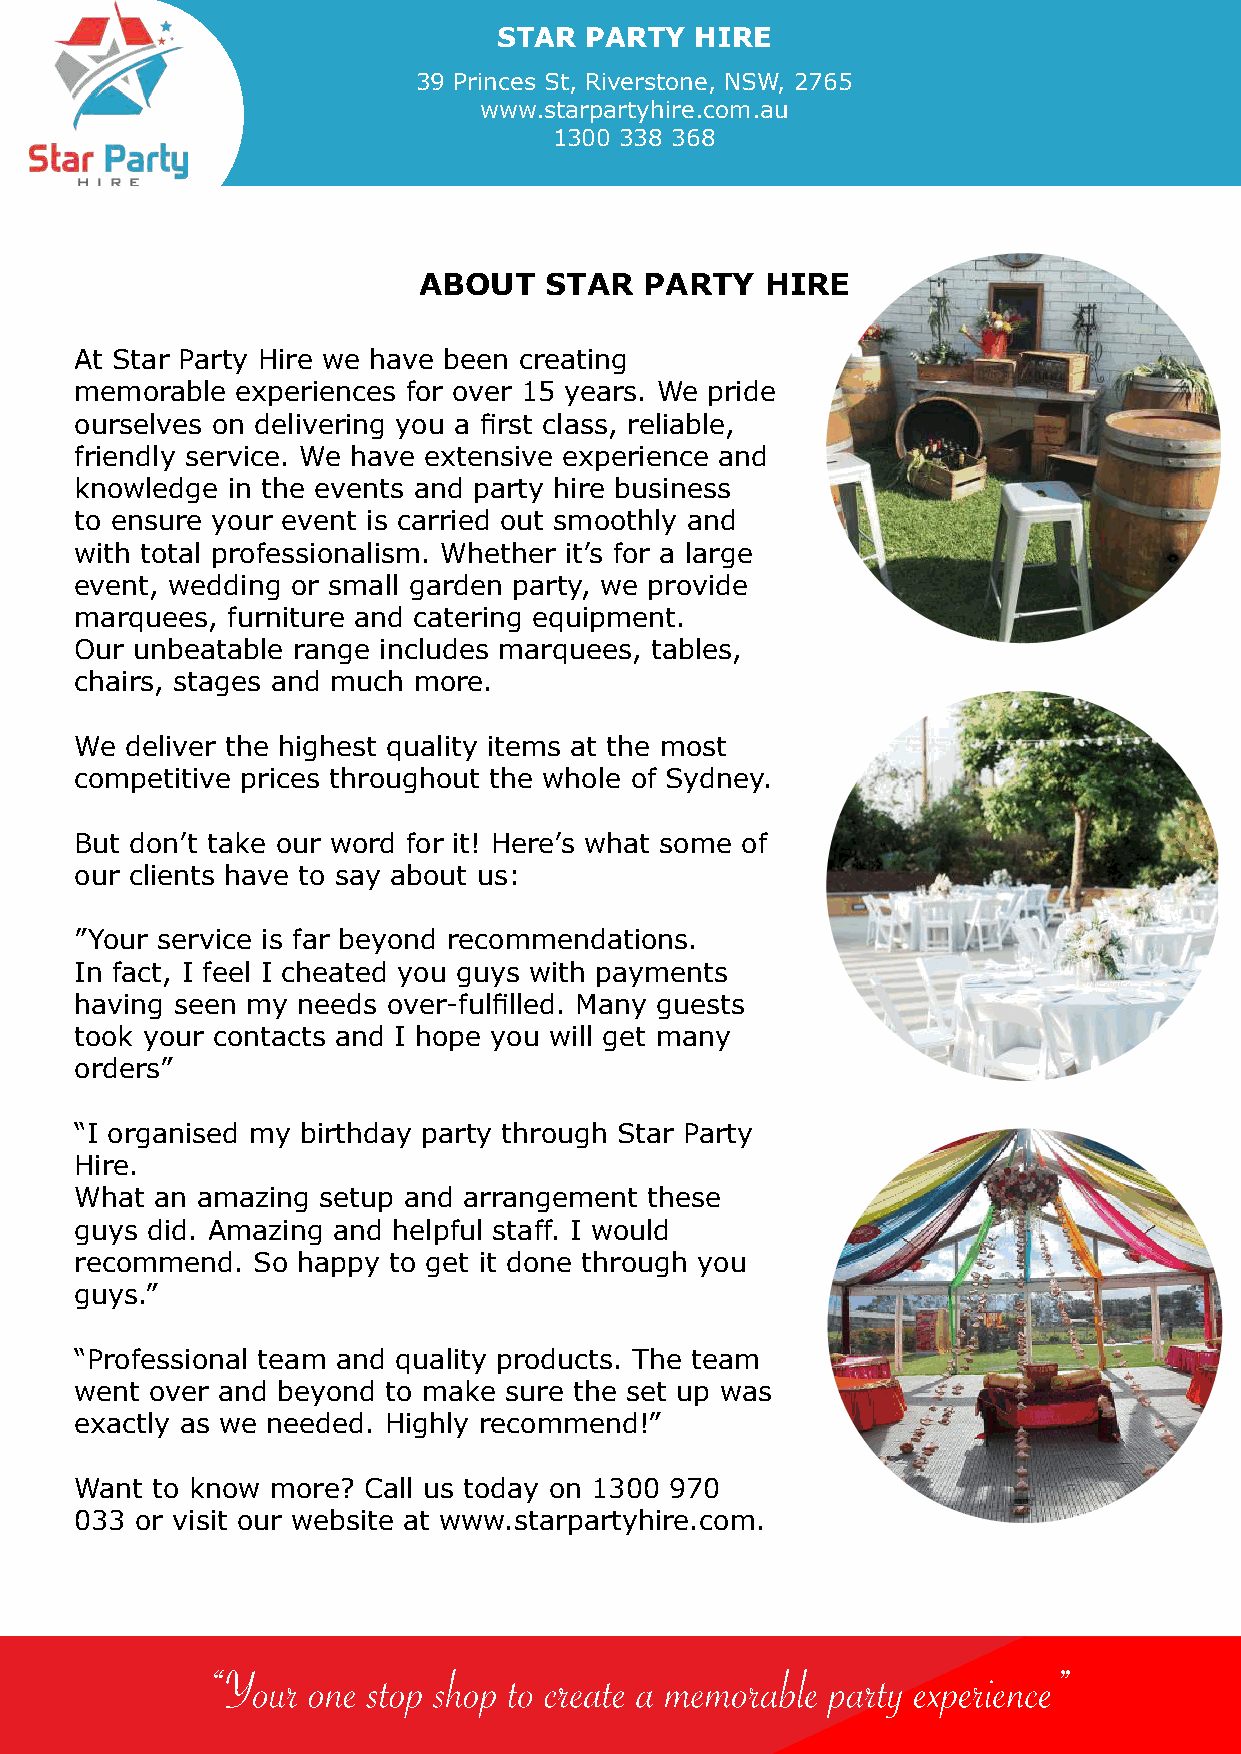
STAR  PARTY  HIRE
 39 Princes St, Riverstone, NSW, 2765
 www.starpartyhire.com.au
 1300 338 368
 ABOUT   STAR   PARTY   HIRE
 At Star Party Hire we have been creating
 memorable  experiences for over 15 years. We pride
 ourselves on delivering you a first class, reliable,
 friendly service. We have extensive experience and
 knowledge in the events and party hire business
 to ensure your event is carried out smoothly and
 with total professionalism. Whether it’s for a large
 event, wedding or small garden party, we provide
 marquees, furniture and catering equipment.
 Our unbeatable range includes marquees, tables,
 chairs, stages and much more.
 We deliver the highest quality items at the most
 competitive prices throughout the whole of Sydney.
 But don’t take our word for it! Here’s what some of
 our clients have to say about us:
 ”Your service is far beyond recommendations.
 In fact, I feel I cheated you guys with payments
 having seen my needs over-fulfilled. Many guests
 took your contacts and I hope you will get many
 orders”
 “I organised my birthday party through Star Party
 Hire.
 What an amazing setup and arrangement these
 guys did. Amazing and helpful staff. I would
 recommend.  So happy to get it done through you
 guys.”
 “Professional team and quality products. The team
 went over and beyond to make sure the set up was
 exactly as we needed. Highly recommend!”
 Want to know more? Call us today on 1300 970
 033 or visit our website at www.starpartyhire.com.
 “Your one stop shop to create a memorable party experience”